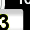
Digit: 3